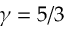
\gamma = 5 / 3